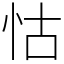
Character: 怙